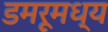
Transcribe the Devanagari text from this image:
डमरूमध्य